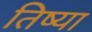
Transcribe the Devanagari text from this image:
तिष्या